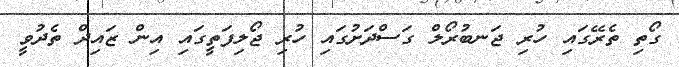
ގޯތި ތެރޭގައި ހުރި ޖަނބުރޯލް ގަސްދަށުގައި ހުރި ޖޯލިފަތީގައި އިން ޒައިދް ތެދުވީ